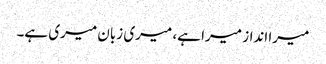
میرا انداز میرا ہے، میری زبان میری ہے۔